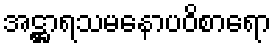
အဋ္ဌာရသမနောပဝိစာရော